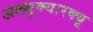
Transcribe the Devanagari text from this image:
अलबुक्यारक्यू